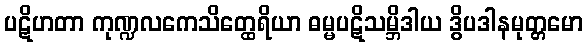
ပဋိဟတာ ကုဏ္ဍလကေသိတ္ထေရိယာ ဓမ္မပဋိသမ္ဘိဒါယ ဒွိပဒါနမုတ္တမော